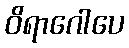
ဝိရာဂေါပေ